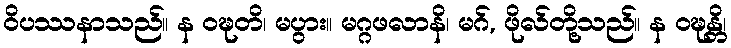
ဝိပဿနာသည်။ န ဝဍ္ဎတိ၊ မပွား။ မဂ္ဂဖလာနိ၊ မဂ်, ဖိုလ်တို့သည်။ န ဝဍ္ဎန္တိ၊